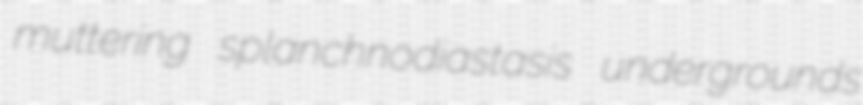
muttering splanchnodiastasis undergrounds